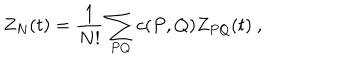
Z _ { N } ( t ) = { \frac { 1 } { N ! } } \sum _ { P Q } c ( P , Q ) Z _ { P Q } ( t ) ~ ,